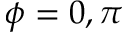
\phi = 0 , \pi